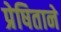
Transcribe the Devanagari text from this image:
प्रेषिताने